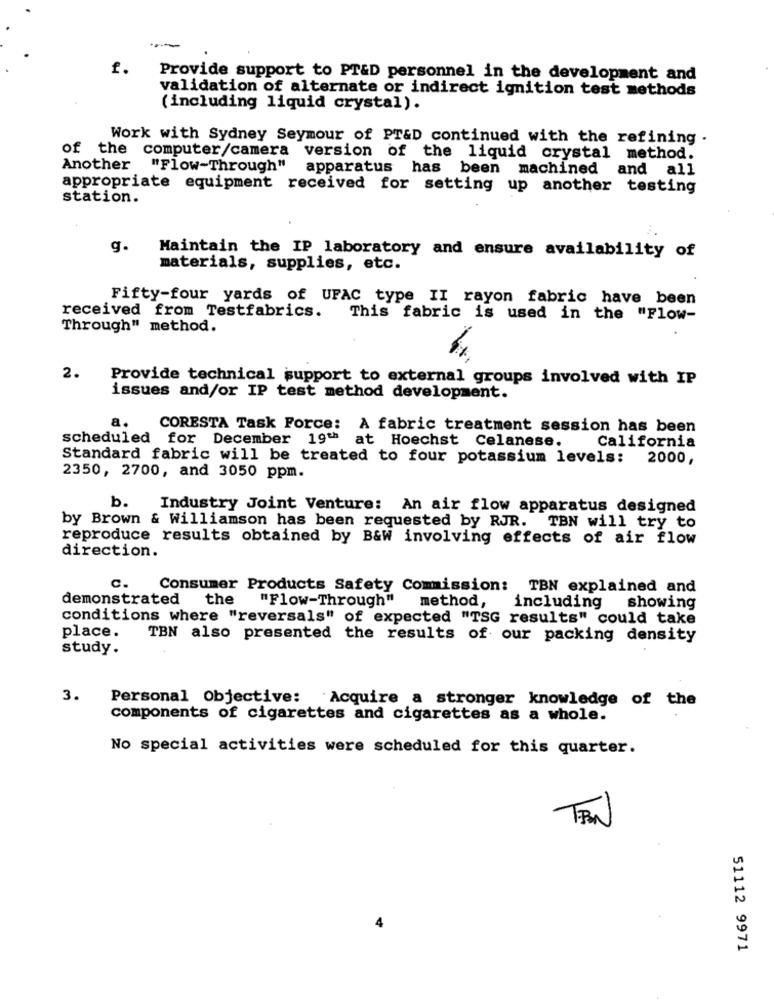
f.
Provide support to PT&D personnel in the development and
validation of alternate or indirect ignition test methods
(including liquid crystal).
Work with Sydney Seymour of PT&D continued with the refining .
of the computer/camera version of the liquid crystal method.
Another
"Flow-Through" apparatus has been machined and all
appropriate equipment received for setting up another testing
station.
g.
Maintain the IP laboratory and ensure availability of
materials, supplies, etc.
Fifty-four yards of UFAC type II rayon fabric have been
received from Testfabrics.
This fabric is used in the "Flow-
Through" method.
2.
Provide technical support to external groups involved with IP
issues and/or IP test method development.
a.
CORESTA Task Force: A fabric treatment session has been
scheduled for December 19" at Hoechst Celanese.
California
Standard fabric will be treated to four potassium levels: 2000,
2350, 2700, and 3050 ppm.
b.
Industry Joint Venture: An air flow apparatus designed
by Brown & Williamson has been requested by RJR. TBN will try to
reproduce results obtained by B&W involving effects of air flow
direction.
c.
Consumer Products Safety Commission: TBN explained and
demonstrated
the
"Flow-Through"
method,
showing
including
conditions where "reversals" of expected "TSG results" could take
place.
TBN also presented the results of our packing density
study.
3.
Personal Objective: Acquire a stronger knowledge of the
components of cigarettes and cigarettes as a whole.
No special activities were scheduled for this quarter.
51112 9971